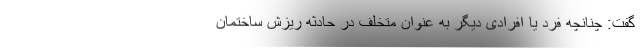
گفت: چنانچه فرد یا افرادی دیگر به عنوان متخلف در حادثه ریزش ساختمان